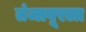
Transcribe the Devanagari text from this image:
तंजावूरला